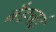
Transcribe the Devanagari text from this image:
ब्रैडबाई